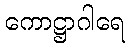
ကောဋ္ဌာဂါရေ